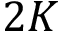
2 K